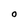
Character: 0